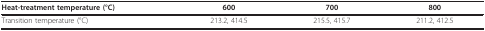
<table><thead><tr><td><b>Heat-treatment temperature (°C)</b></td><td><b>600</b></td><td><b>700</b></td><td><b>800</b></td></tr></thead><tbody><tr><td>Transition temperature (°C)</td><td>213.2, 414.5</td><td>215.5, 415.7</td><td>211.2, 412.5</td></tr></tbody></table>